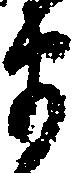
衛